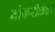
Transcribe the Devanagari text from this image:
नोकरीधंदा